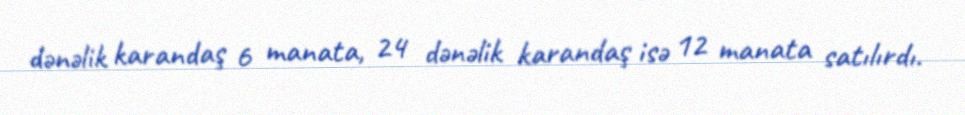
dənəlik karandaş 6 manata, 24 dənəlik karandaş isə 12 manata satılırdı.